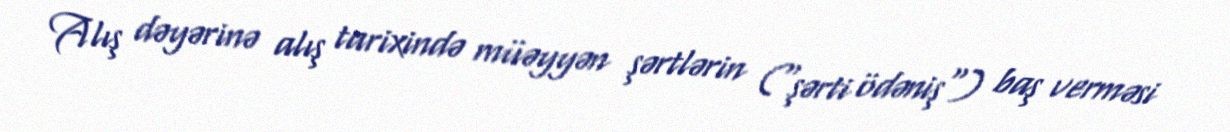
Alış dəyərinə alış tarixində müəyyən şərtlərin ("şərti ödəniş") baş verməsi